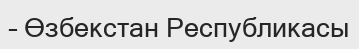
– Өзбекстан Республикасы